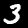
Digit: 3